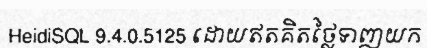
HeidiSQL 9.4.0.5125 ដោយឥតគិតថ្លៃទាញយក